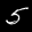
Label: 5